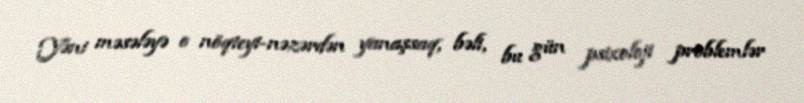
Yəni məsələyə o nöqteyi-nəzərdən yanaşsaq, bəli, bu gün psixoloji problemlər